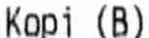
KOPI (B)